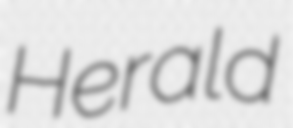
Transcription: Herald